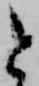
と